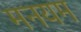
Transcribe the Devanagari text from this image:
मनयम